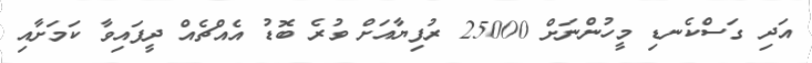
އަދި ގަސްކެނޑި މީހުންނަށް 25000 ރުފިޔާއަށް ވުރެ ބޮޑު އެއްޗެއް ދީފައިވާ ކަމަށާއި